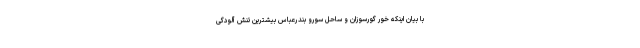
با بیان اینکه خور گورسوزان و ساحل سورو بندرعباس بیشترین تنش آلودگی